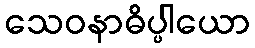
သေဝနာဓိပ္ပါယော